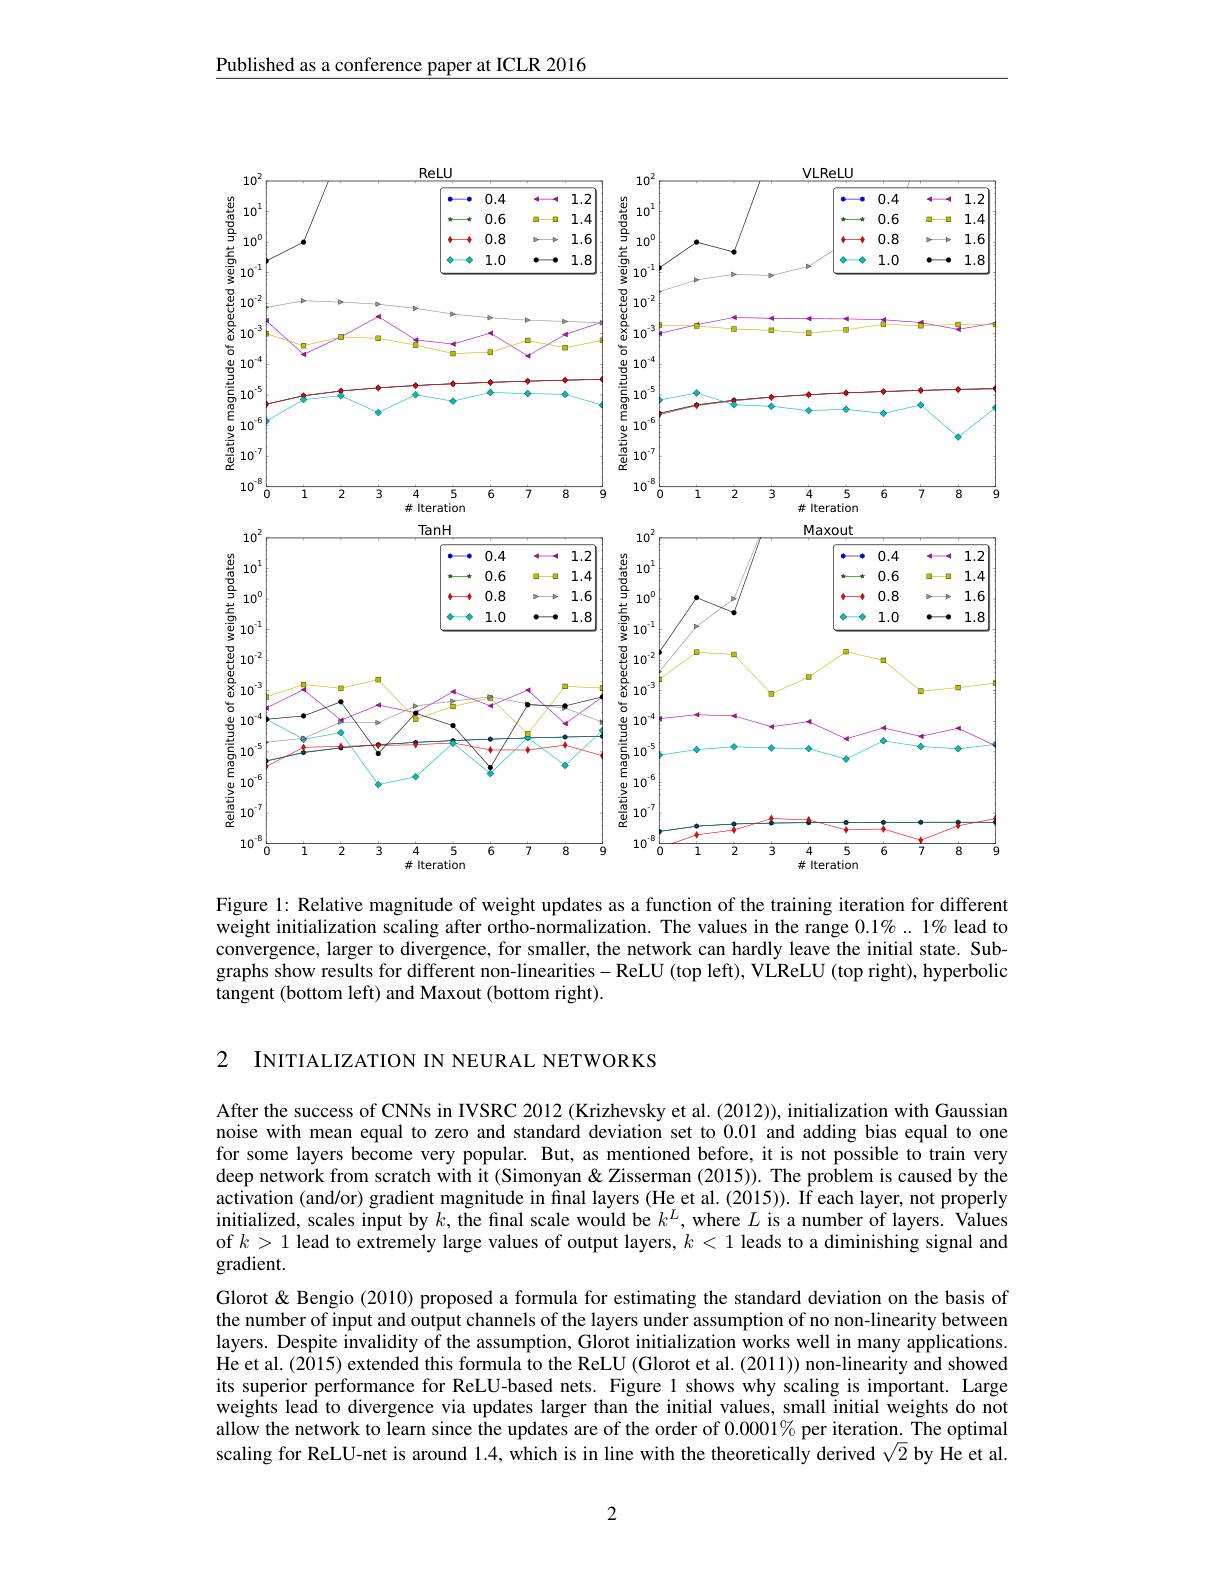
Published as a conference paper at ICLR 2016

<FigureHere>
Figure 1: Relative magnitude of weight updates as a function of the training iteration for different

weight initialization scaling after ortho-normalization. The values in the range $0.1\%..1\%$ lead to convergence, larger to divergence, for smaller, the network can hardly leave the initial state. Subgraphs show results for different non-linearities - ReLU (top left), VLReLU (top right), hyperbolic tangent (bottom left) and Maxout (bottom right).

2 INITIALIZATION IN NEURAL NETWORKS

After the success of CNNs in IVSRC 2012 (Krizhevsky et al. (2012)), initialization with Gaussian noise with mean equal to zero and standard deviation set to 0.01 and adding bias equal to one for some layers become very popular. But, as mentioned before, it is not possible to train very deep network from scratch with it (Simonyan& Zisserman (2015)). The problem is caused by the activation (and/or) gradient magnitude in final layers (He et al. (2015)). If each layer, not properly initialized, scales input by $k$,the final scale would be $k^L$, where $L$ is a number of layers. Values of $k> 1$ lead to extremely large values of output layers, $k< 1$ leads to a diminishing signal and gradient.
Glorot & Bengio (2010) proposed a formula for estimating the standard deviation on the basis of the number of input and output channels of the layers under assumption of no non-linearity between layers. Despite invalidity of the assumption, Glorot initialization works well in many applications. He et al. (2015) extended this formula to the ReLU (Glorot et al. (2011)) non-linearity and showed its superior performance for ReLU-based nets. Figure 1 shows why scaling is important. Large weights lead to divergence via updates larger than the initial values, small initial weights do not allow the network to learn since the updates are of the order of $0.0001\%$ per iteration. The optimal scaling for ReLU-net is around 1.4, which is in line with the theoretically derived $\sqrt{2}$ by He et al.

2